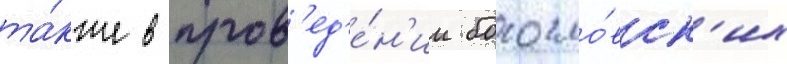
та́кже в пров'ед'е́н'ии богосло́вск'их